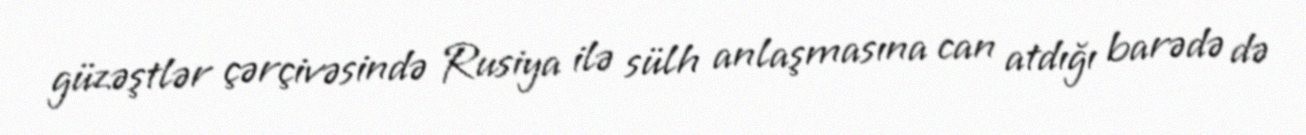
güzəştlər çərçivəsində Rusiya ilə sülh anlaşmasına can atdığı barədə də